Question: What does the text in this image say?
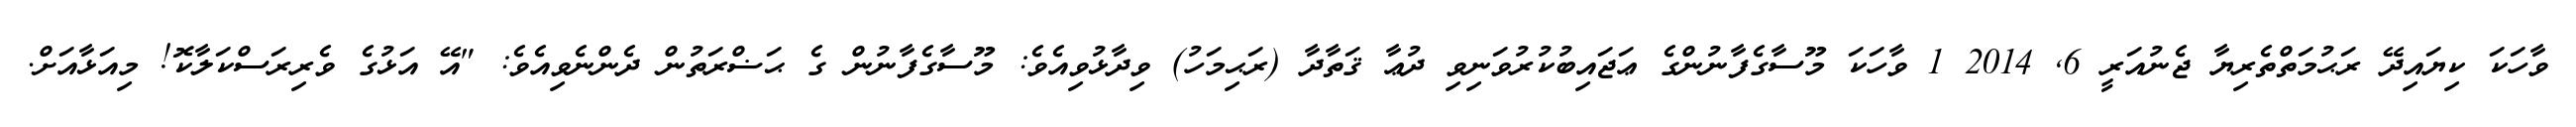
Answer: ވާހަކަ ކިޔައިދޭ ރަޙުމަތްތެރިޔާ ޖެނުއަރީ 6, 2014 1 ވާހަކަ މޫސާގެފާނުންގެ ޢަޖައިބުކުރުވަނިވި ދުޢާ ޤަތާދާ (ރަޙިމަހު) ވިދާޅުވިއެވެ: މޫސާގެފާނުން ގެ ޙަޟްރަތުން ދެންނެވިއެވެ: "އޭ އަޅުގެ ވެރިރަސްކަލާކޮ! މިއަޅާއަށް.